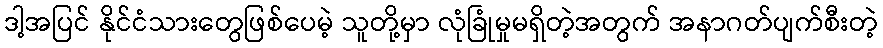
ဒါ့အပြင် နိုင်ငံသားတွေဖြစ်ပေမဲ့ သူတို့မှာ လုံခြုံမှုမရှိတဲ့အတွက် အနာဂတ်ပျက်စီးတဲ့